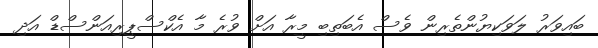
ބައިވަރު ލަވަކިޔުންތެރިން ވެސް އެބަތިބި މީރާ އަށް ވުރެ މާ އެކްސްޕީރިއަންސްޑް އަދި